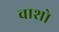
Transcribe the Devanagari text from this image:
वाशो